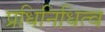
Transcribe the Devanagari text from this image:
प्रधिनिधित्व